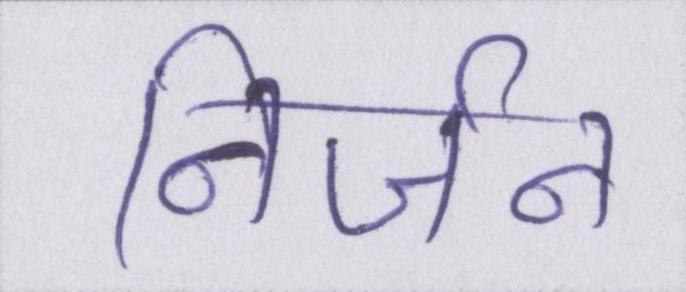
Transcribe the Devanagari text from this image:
निर्जन